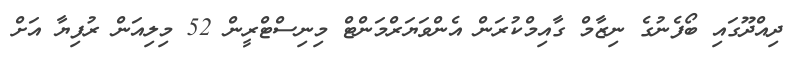
ދިއްދޫގައި ބޯފެނުގެ ނިޒާމް ގާއިމްކުރަން އެންވަޔަރްމަންޓް މިނިސްޓްރީން 52 މިލިއަން ރުފިޔާ އަށް